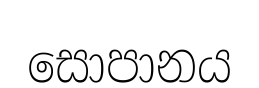
සොපානය